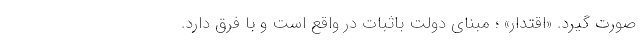
صورت گیرد. «اقتدار» ؛ مبنای دولتِ باثبات در واقع است و با فرق دارد.